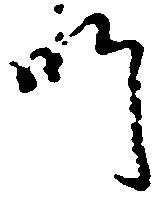
師